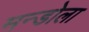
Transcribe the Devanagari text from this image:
मन्डोला